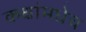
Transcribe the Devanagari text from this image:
कक्षांमधेच